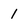
Character: 1